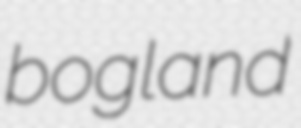
bogland